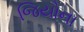
જિયોના